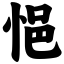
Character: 悒